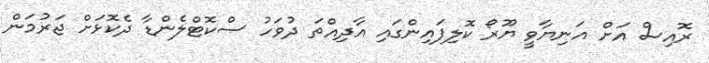
ރޮއިސް އަށް އަނިޔާވީ ޔޫރޯ ކޮލިފައިންގައި އާދިއްތަ ދުވަހު ސްކޮޓްލެންޑާ ދެކޮޅަށް ޖަރުމަން